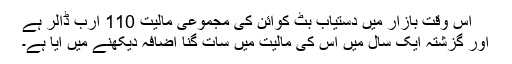
اس وقت بازار میں دستیاب بٹ کوائن کی مجموعی مالیت 110 ارب ڈالر ہے
اور گزشتہ ایک سال میں اس کی مالیت میں سات گنا اضافہ دیکھنے میں آیا ہے۔